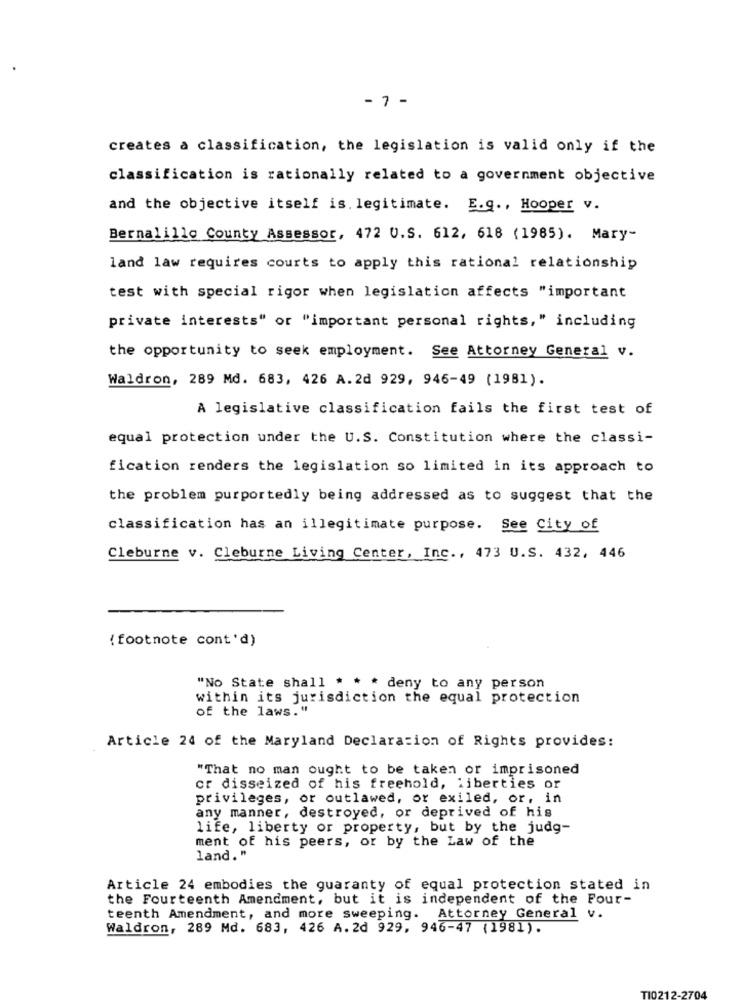
- 7 -
creates a classification, the legislation is valid only if the
classification is rationally related to a government objective
and the objective itself is. legitimate. E.g ., Hooper v.
Bernalillo County Assessor, 472 U.S. 612, 618 (1985). Mary-
land law requires courts to apply this rational relationship
test with special rigor when legislation affects "important
private interests" or "important personal rights," including
the opportunity to seek employment. See Attorney General v.
Waldron, 289 Md. 683, 426 A.2d 929, 946-49 (1981).
A legislative classification fails the first test of
equal protection under the U.S. Constitution where the classi-
fication renders the legislation so limited in its approach to
the problem purportedly being addressed as to suggest that the
classification has an illegitimate purpose. See City of
Cleburne v. Cleburne Living Center, Inc ., 473 U.S. 432, 446
( footnote cont'd)
"No State shall * * * deny to any person
within its jurisdiction the equal protection
of the laws."
Article 24 of the Maryland Declaration of Rights provides:
"That no man ought to be taken or imprisoned
or disseized of his freehold, liberties or
privileges, or outlawed, or exiled, or, in
any manner, destroyed, or deprived of his
life, liberty or property, but by the judg-
ment of his peers, or by the Law of the
land."
Article 24 embodies the guaranty of equal protection stated in
the Fourteenth Amendment, but it is independent of the Four-
teenth Amendment, and more sweeping. Attorney General v.
Waldron, 289 Md. 683, 426 A. 2d 929, 946-47 (1981).